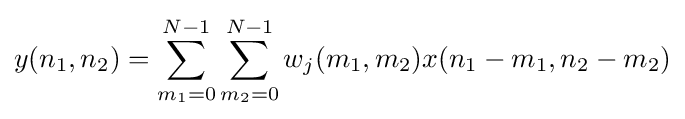
y(n_{1},n_{2})=\sum _{m_{1}=0}^{N-1}\sum _{m_{2}=0}^{N-1}w_{j}(m_{1},m_{2})x(n_{1}-m_{1},n_{2}-m_{2})